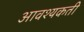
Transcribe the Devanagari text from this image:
आवश्यकती